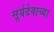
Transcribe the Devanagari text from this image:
सूर्यदेवाच्या